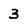
Character: 3